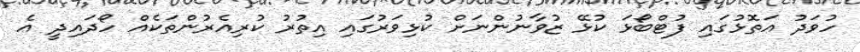
ހުވަދު އަތޮޅުގައި ފުޓްބޯޅަ ކުޅޭ ޒުވާނުންނަށް ކުޅިވަރުގައި އިތުރު ކުރިއެރުންތަކެއް ހޯދައިދީ އެ